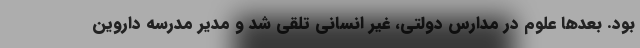
بود. بعدها علوم در مدارس دولتی، غیر انسانی تلقی شد و مدیر مدرسه داروین